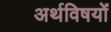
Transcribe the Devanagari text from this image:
अर्थविषयों